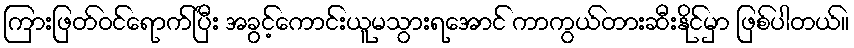
ကြားဖြတ်ဝင်ရောက်ပြီး အခွင့်ကောင်းယူမသွားရအောင် ကာကွယ်တားဆီးနိုင်မှာ ဖြစ်ပါတယ်။